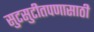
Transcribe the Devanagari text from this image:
सुटसुटीतपणासाठी